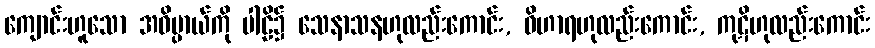
ကျောင်းဟူသော အဓိပ္ပာယ်ကို ပါဠိ၌ သေနာသနဟုလည်းကောင်း, ဝိဟာရဟုလည်းကောင်း, ကုဋိဟုလည်းကောင်း